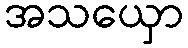
အသယှော